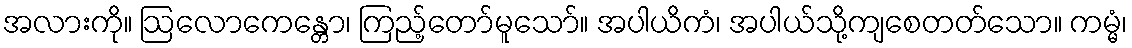
အလားကို။ ဩလောကေန္တော၊ ကြည့်တော်မူသော်။ အပါယိကံ၊ အပါယ်သို့ကျစေတတ်သော။ ကမ္မံ၊